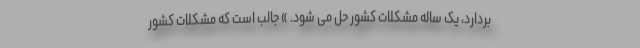
بردارد، یک ساله مشکلات کشور حل می شود. » جالب است که مشکلات کشور